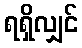
ရရှိလျှင်